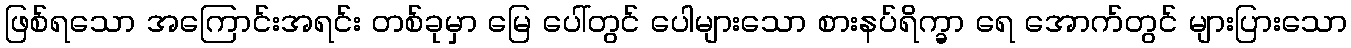
ဖြစ်ရသော အကြောင်းအရင်း တစ်ခုမှာ မြေ ပေါ်တွင် ပေါများသော စားနပ်ရိက္ခာ ရေ အောက်တွင် များပြားသော